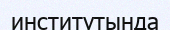
институтында